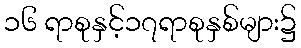
၁၆ ရာစုနှင့်၁၇ရာစုနှစ်များ၌